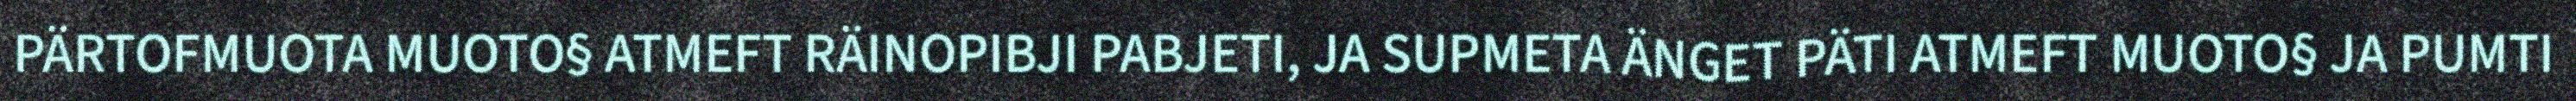
PÄRTOFMUOTA MUOTO§ ATMEFT RÄINOPIBJI PABJETI, JA SUPMETA ÄNGET PÄTI ATMEFT MUOTO§ JA PUMTI